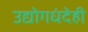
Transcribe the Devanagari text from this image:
उद्योगधंदेही